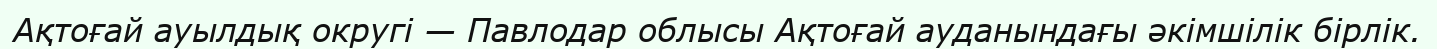
Ақтоғай ауылдық округі — Павлодар облысы Ақтоғай ауданындағы әкімшілік бірлік.